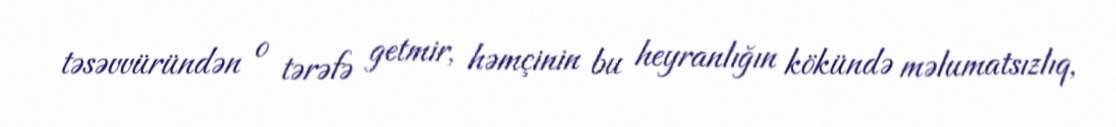
təsəvvüründən o tərəfə getmir, həmçinin bu heyranlığın kökündə məlumatsızlıq,